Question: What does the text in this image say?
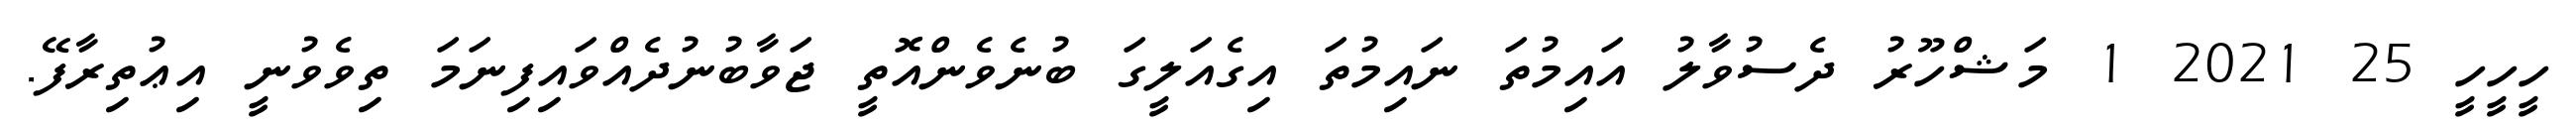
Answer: ހީހީހީ 25 2021 1 މަޝްހޫރު ދެސުވާލު އައިމުތަ ނައިމުތަ އިގެއަލީގަ ބުނެވެންއޮތީ ޖަވާބުނުދެއްވައިފިނަމަ ތިވެވުނީ އިޢުތިރާފޭ.